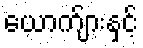
ယောက်ျားနှင့်